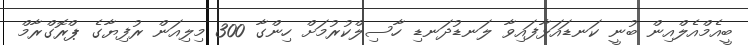
ބީއެމްއެލްއިން ބުނީ ކަނޑައަޅާފައިވާ ލަނޑުދަނޑި ހާސިލްކުރުމަށް ހިންގާ 300 މިލިއަން ރުފިޔާގެ ޕްރޮގްރާމް